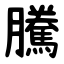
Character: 騰